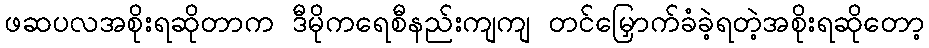
ဖဆပလအစိုးရဆိုတာက ဒီမိုကရေစီနည်းကျကျ တင်မြှောက်ခံခဲ့ရတဲ့အစိုးရဆိုတော့